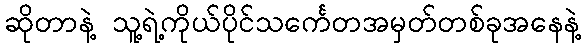
ဆိုတာနဲ့ သူ့ရဲ့ကိုယ်ပိုင်သင်္ကေတအမှတ်တစ်ခုအနေနဲ့